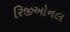
રિજીઓનલ